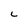
Character: L